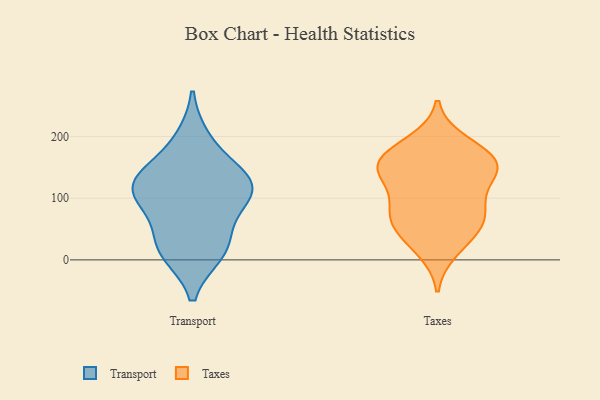
{"axis": {"x": "Waste Production (Tons)", "y": "Value"}, "legend": ["Taxes", "Transport"], "data": [{"x": "", "y": 88, "type": "Transport"}, {"x": "", "y": 28, "type": "Transport"}, {"x": "", "y": 129, "type": "Transport"}, {"x": "", "y": 112, "type": "Transport"}, {"x": "", "y": 119, "type": "Transport"}, {"x": "", "y": 194, "type": "Transport"}, {"x": "", "y": 20, "type": "Transport"}, {"x": "", "y": 143, "type": "Transport"}, {"x": "", "y": 13, "type": "Transport"}, {"x": "", "y": 108, "type": "Transport"}, {"x": "", "y": 142, "type": "Taxes"}, {"x": "", "y": 143, "type": "Taxes"}, {"x": "", "y": 156, "type": "Taxes"}, {"x": "", "y": 148, "type": "Taxes"}, {"x": "", "y": 166, "type": "Taxes"}, {"x": "", "y": 79, "type": "Taxes"}, {"x": "", "y": 49, "type": "Taxes"}, {"x": "", "y": 140, "type": "Taxes"}, {"x": "", "y": 190, "type": "Taxes"}, {"x": "", "y": 16, "type": "Taxes"}, {"x": "", "y": 40, "type": "Taxes"}, {"x": "", "y": 70, "type": "Taxes"}, {"x": "", "y": 76, "type": "Taxes"}, {"x": "", "y": 175, "type": "Taxes"}, {"x": "", "y": 93, "type": "Taxes"}]}